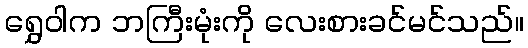
ရွှေဝါက ဘကြီးမုံးကို လေးစားခင်မင်သည်။